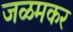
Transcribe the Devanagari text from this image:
जळमकर